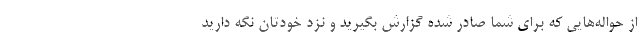
از حواله‌هایی که برای شما صادر شده گزارش بگیرید و نزد خودتان نگه دارید